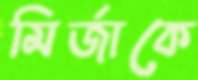
মির্জাকে